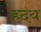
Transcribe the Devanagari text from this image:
ह़दय